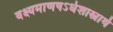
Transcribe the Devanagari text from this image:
वक्ष्यमाणषऽर्धशास्त्रार्थ